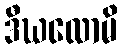
ဒီဃလောမိ